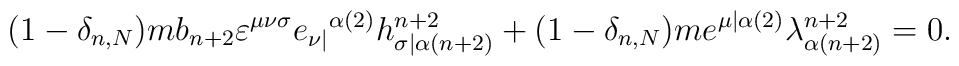
(1-\delta_{n,N})mb_{n+2}\varepsilon^{\mu\nu\sigma}e_{\nu|}{}^{\alpha(2)}h^{n+2}_{\sigma|\alpha(n+2)}+(1-\delta_{n,N})me^{\mu|\alpha(2)}\lambda^{n+2}_{\alpha(n+2)}=0.